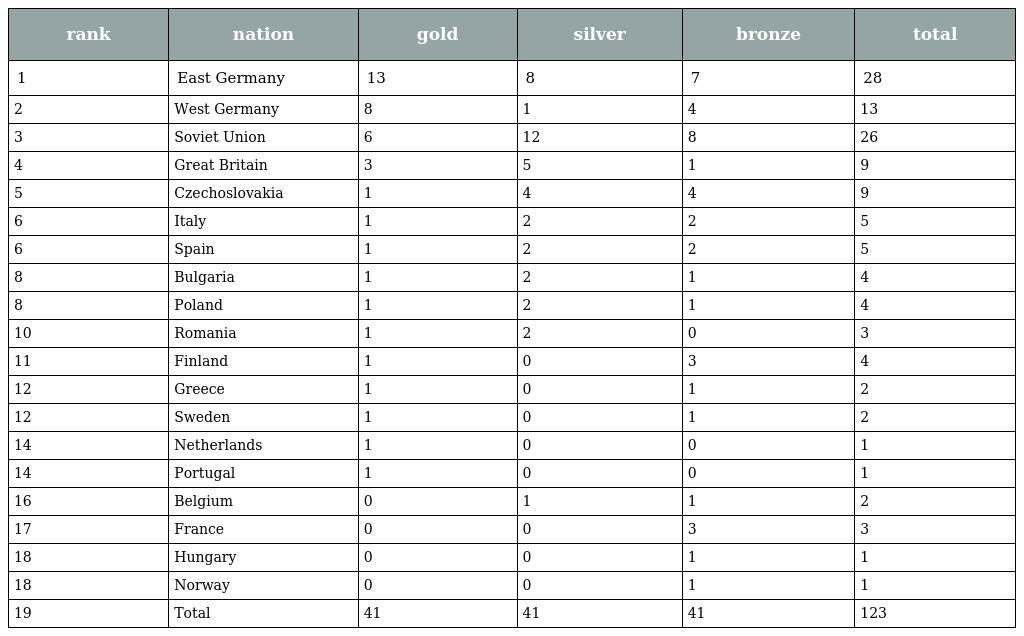
| rank | nation | gold | silver | bronze | total |
 | --- | --- | --- | --- | --- | --- |
 | 1 | East Germany | 13 | 8 | 7 | 28 |
 | 2 | West Germany | 8 | 1 | 4 | 13 |
 | 3 | Soviet Union | 6 | 12 | 8 | 26 |
 | 4 | Great Britain | 3 | 5 | 1 | 9 |
 | 5 | Czechoslovakia | 1 | 4 | 4 | 9 |
 | 6 | Italy | 1 | 2 | 2 | 5 |
 | 6 | Spain | 1 | 2 | 2 | 5 |
 | 8 | Bulgaria | 1 | 2 | 1 | 4 |
 | 8 | Poland | 1 | 2 | 1 | 4 |
 | 10 | Romania | 1 | 2 | 0 | 3 |
 | 11 | Finland | 1 | 0 | 3 | 4 |
 | 12 | Greece | 1 | 0 | 1 | 2 |
 | 12 | Sweden | 1 | 0 | 1 | 2 |
 | 14 | Netherlands | 1 | 0 | 0 | 1 |
 | 14 | Portugal | 1 | 0 | 0 | 1 |
 | 16 | Belgium | 0 | 1 | 1 | 2 |
 | 17 | France | 0 | 0 | 3 | 3 |
 | 18 | Hungary | 0 | 0 | 1 | 1 |
 | 18 | Norway | 0 | 0 | 1 | 1 |
 | 19 | Total | 41 | 41 | 41 | 123 |